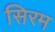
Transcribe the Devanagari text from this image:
सिरम